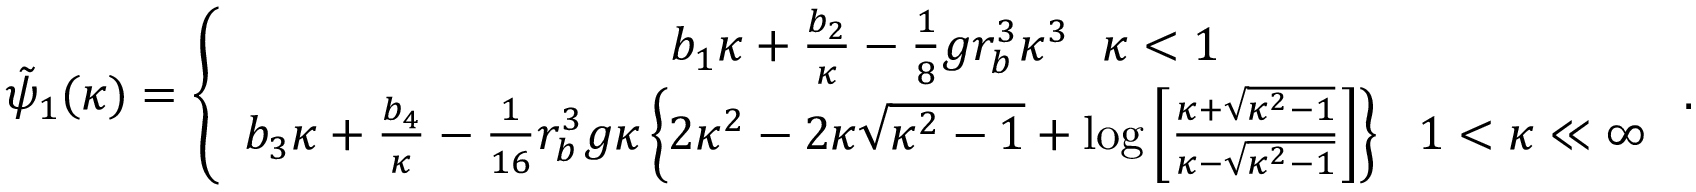
\begin{array} { r } { \tilde { \psi } _ { 1 } ( \kappa ) = \left\{ \begin{array} { c } { b _ { 1 } \kappa + \frac { b _ { 2 } } { \kappa } - \frac { 1 } { 8 } g r _ { b } ^ { 3 } \kappa ^ { 3 } ~ ~ \kappa < 1 } \\ { b _ { 3 } \kappa + \frac { b _ { 4 } } { \kappa } - \frac { 1 } { 1 6 } r _ { b } ^ { 3 } g \kappa \left\{ 2 \kappa ^ { 2 } - 2 \kappa \sqrt { \kappa ^ { 2 } - 1 } + \log \left[ \frac { \kappa + \sqrt { \kappa ^ { 2 } - 1 } } { \kappa - \sqrt { \kappa ^ { 2 } - 1 } } \right] \right\} ~ ~ 1 < \kappa \ll \infty } \end{array} \right. . } \end{array}